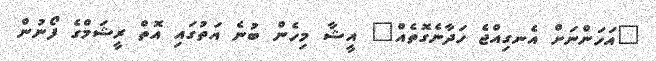
"އަހަންނަށް އެނގިއްޖެ ހަދާނެގޮތެއް" އީޝާ މިހެން ބުނެ އަތުގައި އޮތް ރީޝަމްގެ ފޯނުން